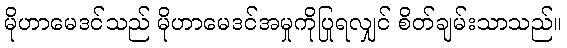
မိုဟာမေဒင်သည် မိုဟာမေဒင်အမှုကိုပြုရလျှင် စိတ်ချမ်းသာသည်။